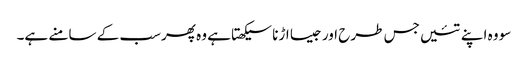
سو وہ اپنے تئیں جس طرح اور جیسا اڑنا سیکھتا ہے وہ پھرسب کے سامنے ہے۔